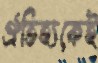
ঐতিহ্যকেই